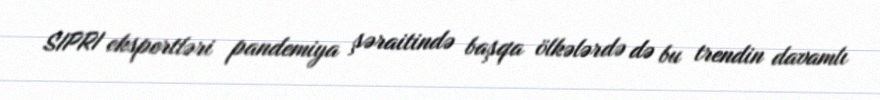
SIPRI ekspertləri pandemiya şəraitində başqa ölkələrdə də bu trendin davamlı